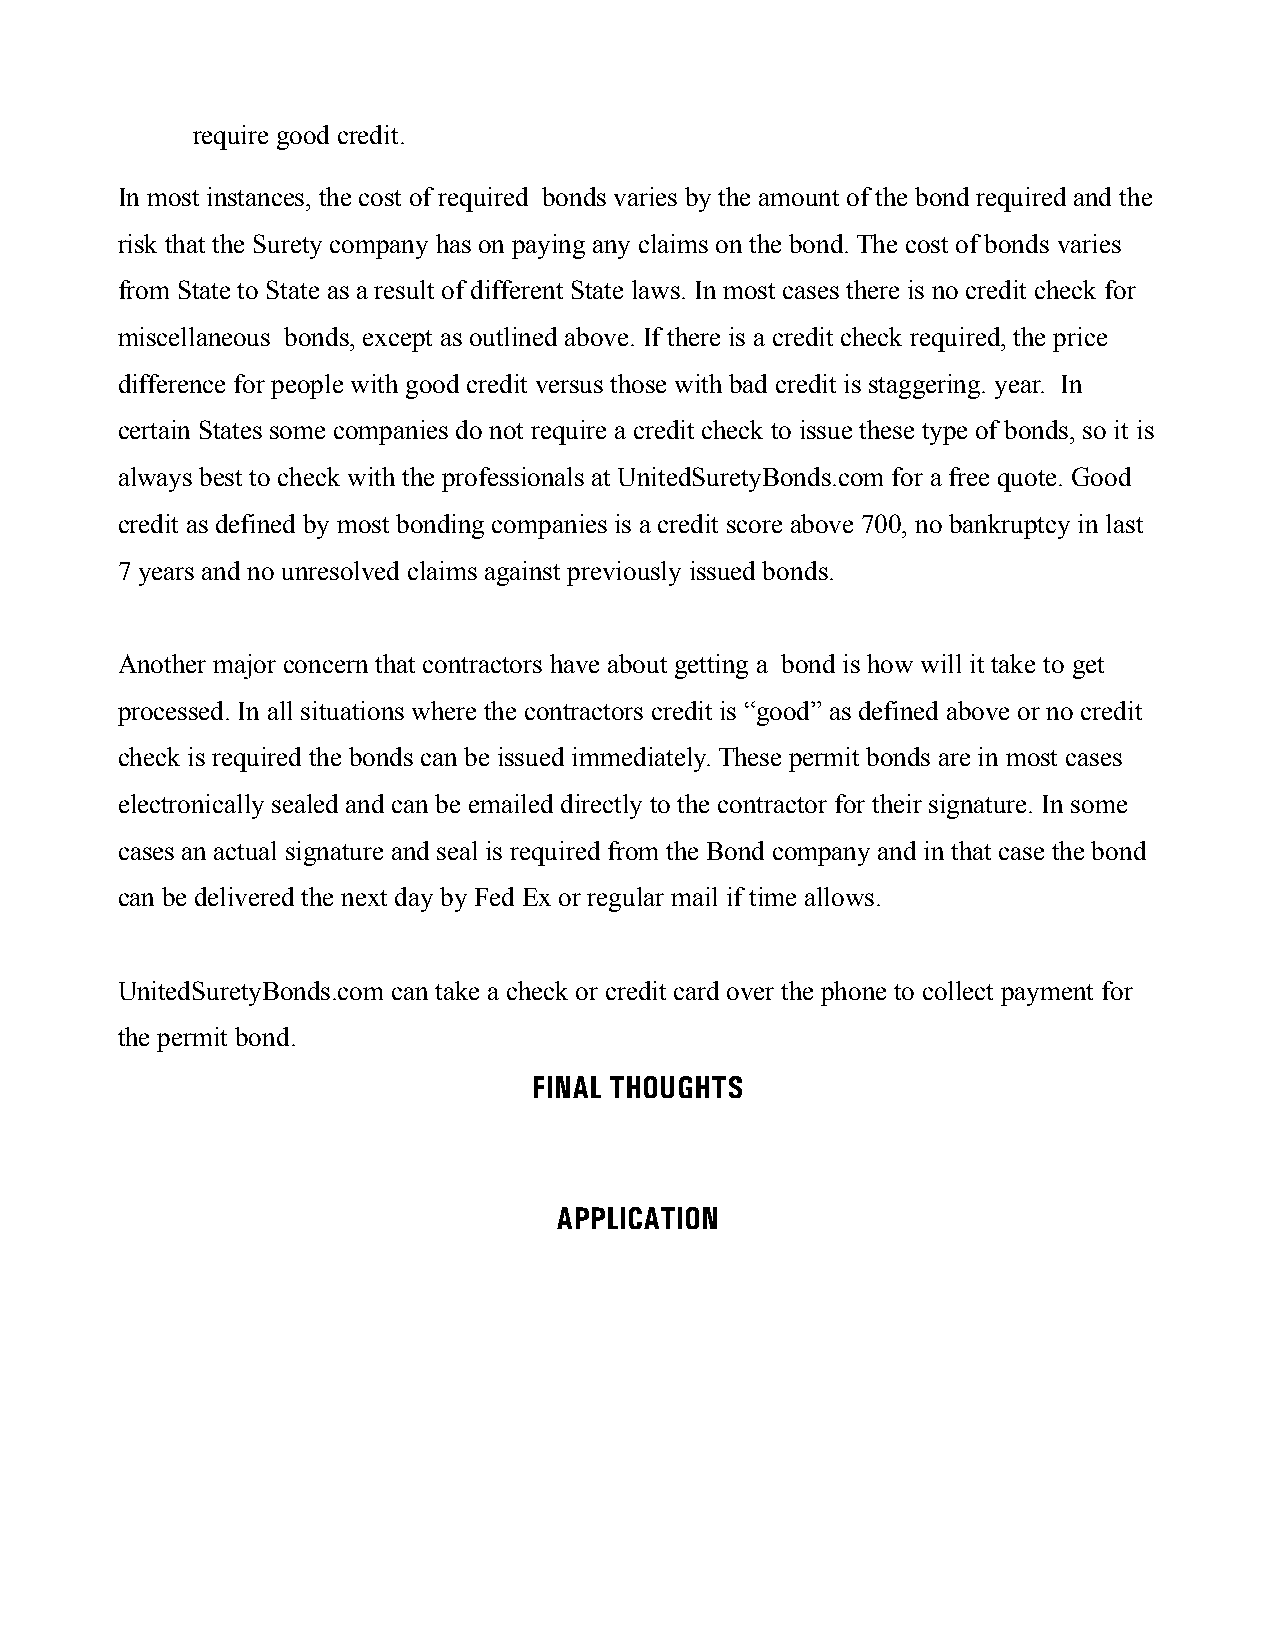
require good credit.
 In most instances, the cost of required bonds varies by the amount of the bond required and the
 risk that the Surety company has on paying any claims on the bond. The cost of bonds varies
 from State to State as a result of different State laws. In most cases there is no credit check for
 miscellaneous bonds, except as outlined above. If there is a credit check required, the price
 difference for people with good credit versus those with bad credit is staggering. year. In
 certain States some companies do not require a credit check to issue these type of bonds, so it is
 always best to check with the professionals at UnitedSuretyBonds.com for a free quote. Good
 credit as defined by most bonding companies is a credit score above 700, no bankruptcy in last
 7 years and no unresolved claims against previously issued bonds.
 Another major concern that contractors have about getting a bond is how will it take to get
 processed. In all situations where the contractors credit is “good” as defined above or no credit
 check is required the bonds can be issued immediately. These permit bonds are in most cases
 electronically sealed and can be emailed directly to the contractor for their signature. In some
 cases an actual signature and seal is required from the Bond company and in that case the bond
 can be delivered the next day by Fed Ex or regular mail if time allows.
 UnitedSuretyBonds.com can take a check or credit card over the phone to collect payment for
 the permit bond.
 FINAL THOUGHTS
 APPLICATION